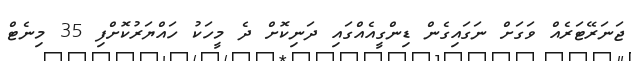
ޖަނަރޭޓަރެއް ވަގަށް ނަގައިގެން ޑިންގީއެއްގައި ދަނިކޮށް ދެ މީހަކު ހައްޔަރުކޮށްފި 35 މިނެޓް